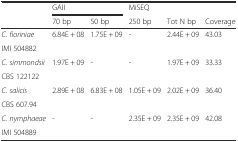
| <ROWSPAN=2>  | <COLSPAN=2> GAII | MiSEQ |  |  |
 | 70 bp | 50 bp | 250 bp | Tot N bp | Coverage |
 | --- | --- | --- | --- | --- | --- |
 | C. fioriniae | <ROWSPAN=2> 6.84E + 08 | <ROWSPAN=2> 1.75E + 09 | <ROWSPAN=2> - | <ROWSPAN=2> 2.44E + 09 | <ROWSPAN=2> 43.03 |
 | IMI 504882 |
 | C. simmondsii | <ROWSPAN=2> 1.97E + 09 | <ROWSPAN=2> - | <ROWSPAN=2> - | <ROWSPAN=2> 1.97E + 09 | <ROWSPAN=2> 33.33 |
 | CBS 122122 |
 | C. salicis | <ROWSPAN=2> 2.89E + 08 | <ROWSPAN=2> 6.83E + 08 | <ROWSPAN=2> 1.05E + 09 | <ROWSPAN=2> 2.02E + 09 | <ROWSPAN=2> 36.40 |
 | CBS 607.94 |
 | C. nymphaeae | <ROWSPAN=2> - | <ROWSPAN=2> - | <ROWSPAN=2> 2.35E + 09 | <ROWSPAN=2> 2.35E + 09 | <ROWSPAN=2> 42.08 |
 | IMI 504889 |